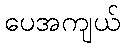
ပေအကျယ်